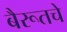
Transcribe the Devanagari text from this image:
बैरूतचे